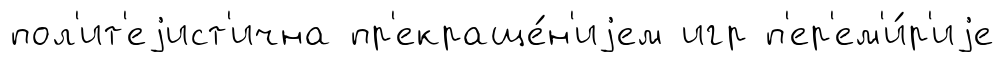
пол'ит'еjист'ична пр'екраще́н'иjем игр п'ер'ем'и́р'иjе